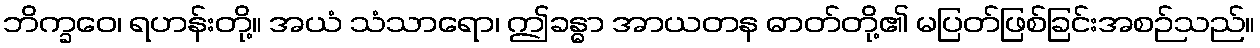
ဘိက္ခဝေ၊ ရဟန်းတို့။ အယံ သံသာရော၊ ဤခန္ဓာ အာယတန ဓာတ်တို့၏ မပြတ်ဖြစ်ခြင်းအစဉ်သည်။